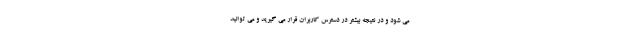
می شود و در نتیجه بیشتر در دسترس کاربران قرار می گیرید و می توانید